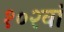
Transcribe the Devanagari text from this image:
१०२वां